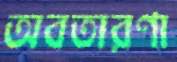
অবতারণা